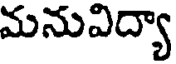
మనువిద్యా